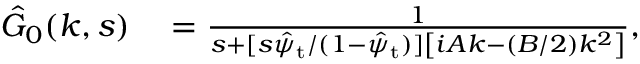
\begin{array} { r l } { \hat { G } _ { 0 } ( k , s ) } & { { } = \frac { 1 } { s + [ s \hat { \psi } _ { \mathrm { t } } / ( 1 - \hat { \psi } _ { \mathrm { t } } ) ] \left[ i A k - ( B / 2 ) k ^ { 2 } \right] } , } \end{array}